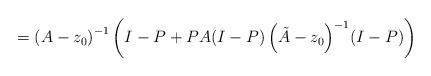
LaTeX: \begin{align*}=\left( A-z_{0} \right)^{-1}\left( I-P+PA{\left( I-P \right)\left( \tilde{A}-z_{0} \right)}^{-1}(I-P) \right)\end{align*}